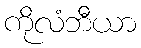
ကိုလံဘီယာ